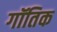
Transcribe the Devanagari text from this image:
गॉतिक